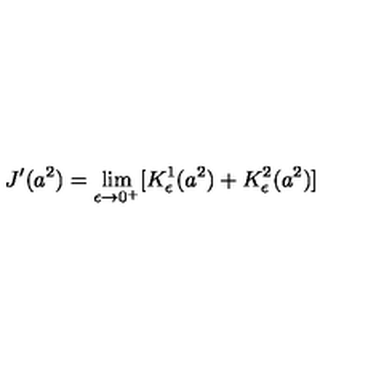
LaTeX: J ^ { \prime } ( a ^ { 2 } ) = \lim _ { \epsilon \to 0 ^ { + } } [ K _ { \epsilon } ^ { 1 } ( a ^ { 2 } ) + K _ { \epsilon } ^ { 2 } ( a ^ { 2 } ) ]